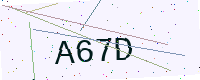
Text: A67D